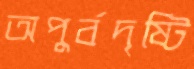
অপুর্বদৃষ্টি